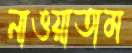
নাওয়াতাম